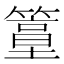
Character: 𥴀